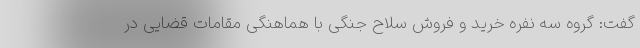
گفت: گروه سه نفره خرید و فروش سلاح جنگی با هماهنگی مقامات قضایی در